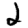
Digit: 2